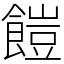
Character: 䭓